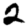
Digit: 2